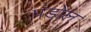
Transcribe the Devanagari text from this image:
पंडोल